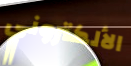
الألكتروني